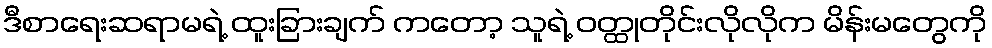
ဒီစာရေးဆရာမရဲ့ ထူးခြားချက် ကတော့ သူရဲ့ ဝတ္ထုတိုင်းလိုလိုက မိန်းမတွေကို